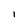
Character: 1